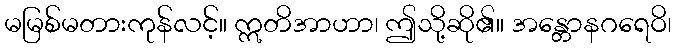
မမြစ်မတားကုန်လင့်။ ဣတိအာဟာ၊ ဤသို့ဆို၏။ အန္တောနဂရေဝိ၊